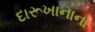
દારૂખાનાના